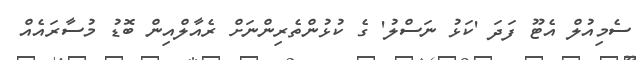
ސެމިއުލް އެޓޫ ފަދަ 'ކަޅު ނަސްލު' ގެ ކުޅުންތެރިންނަށް ރެއާލްއިން ބޮޑު މުސާރައެއް